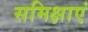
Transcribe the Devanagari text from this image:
समिक्षाएं